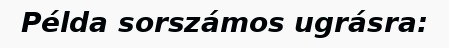
Példa sorszámos ugrásra: